Leaving Certificate Examination, 1923
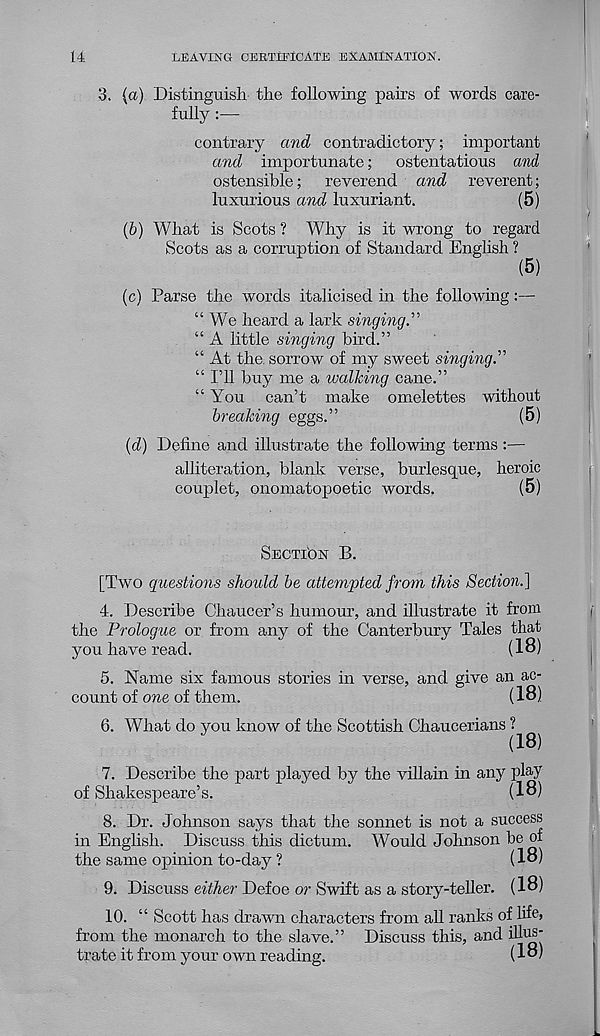
14
LEAVING CERTIFICATE EXAMINATION.
3.
(a) Distinguish the following p
fully :
contrary and contradictory; important
and
importunate; ostentatious and
ostensible; reverend and reverent;
luxurious and luxuriant.
(5)
(6) What is Scots ? Why is it wrong to regard
Scots as a corruption of Standard English ?
(5)
(c) Parse the words italicised in the following:—
“We heard a lark singing.”
“ A little singing bird.”
“ At the sorrow of my sweet singing.”
“ I’ll buy me a walking cane.”
“ You can’t make omelettes without
breaking eggs.”
(5)
(d) Define and illustrate the following terms :—
alliteration, blank verse, burlesque, heroic
couplet, onomatopoetic words.
(5)
SECTION B.
[Two questions should be attempted from this Section.~\
4. Describe Chaucer’s humour, and illustrate it from
the Prologue or from any of the Canterbury Tales that
you have read.
(18)
5. Name six famous stories in verse, and give an ac-
count of one of them.
(18)
6. What do you know of the Scottish Chaucerians ?
(18)
7. Describe the part played by the villain in any play
of Shakespeare’s.
(18)
8. Dr. Johnson says that the sonnet is not a success
in English. Discuss this dictum. Would Johnson be of
the same opinion to-day ?
(18)
9. Discuss either Defoe or Swift as a story-teller. (18)
10. “ Scott has drawn characters from all ranks of life*
from the monarch to the slave.” Discuss this, and illus-
trate it from your own reading.
(18)